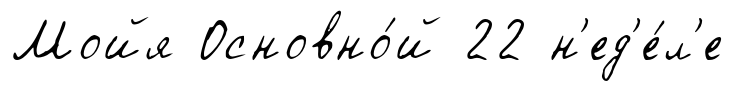
Мойя Основно́й 22 н'ед'е́л'е